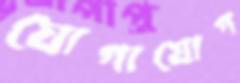
যোগাযোগ